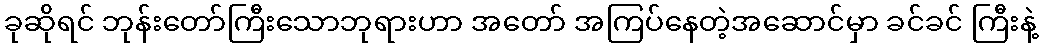
ခုဆိုရင် ဘုန်းတော်ကြီးသောဘုရားဟာ အတော် အကြပ်နေတဲ့အဆောင်မှာ ခင်ခင် ကြီးနဲ့